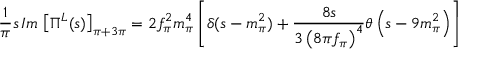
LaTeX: \frac { 1 } { \pi } s \, I m \, \left[ \Pi ^ { L } ( s ) \right] _ { \pi + 3 \pi } = 2 f _ { \pi } ^ { 2 } m _ { \pi } ^ { 4 } \left[ \delta ( s - m _ { \pi } ^ { 2 } ) + \frac { 8 s } { 3 \left( 8 \pi f _ { \pi } \right) ^ { 4 } } \theta \left( s - 9 m _ { \pi } ^ { 2 } \right) \right]